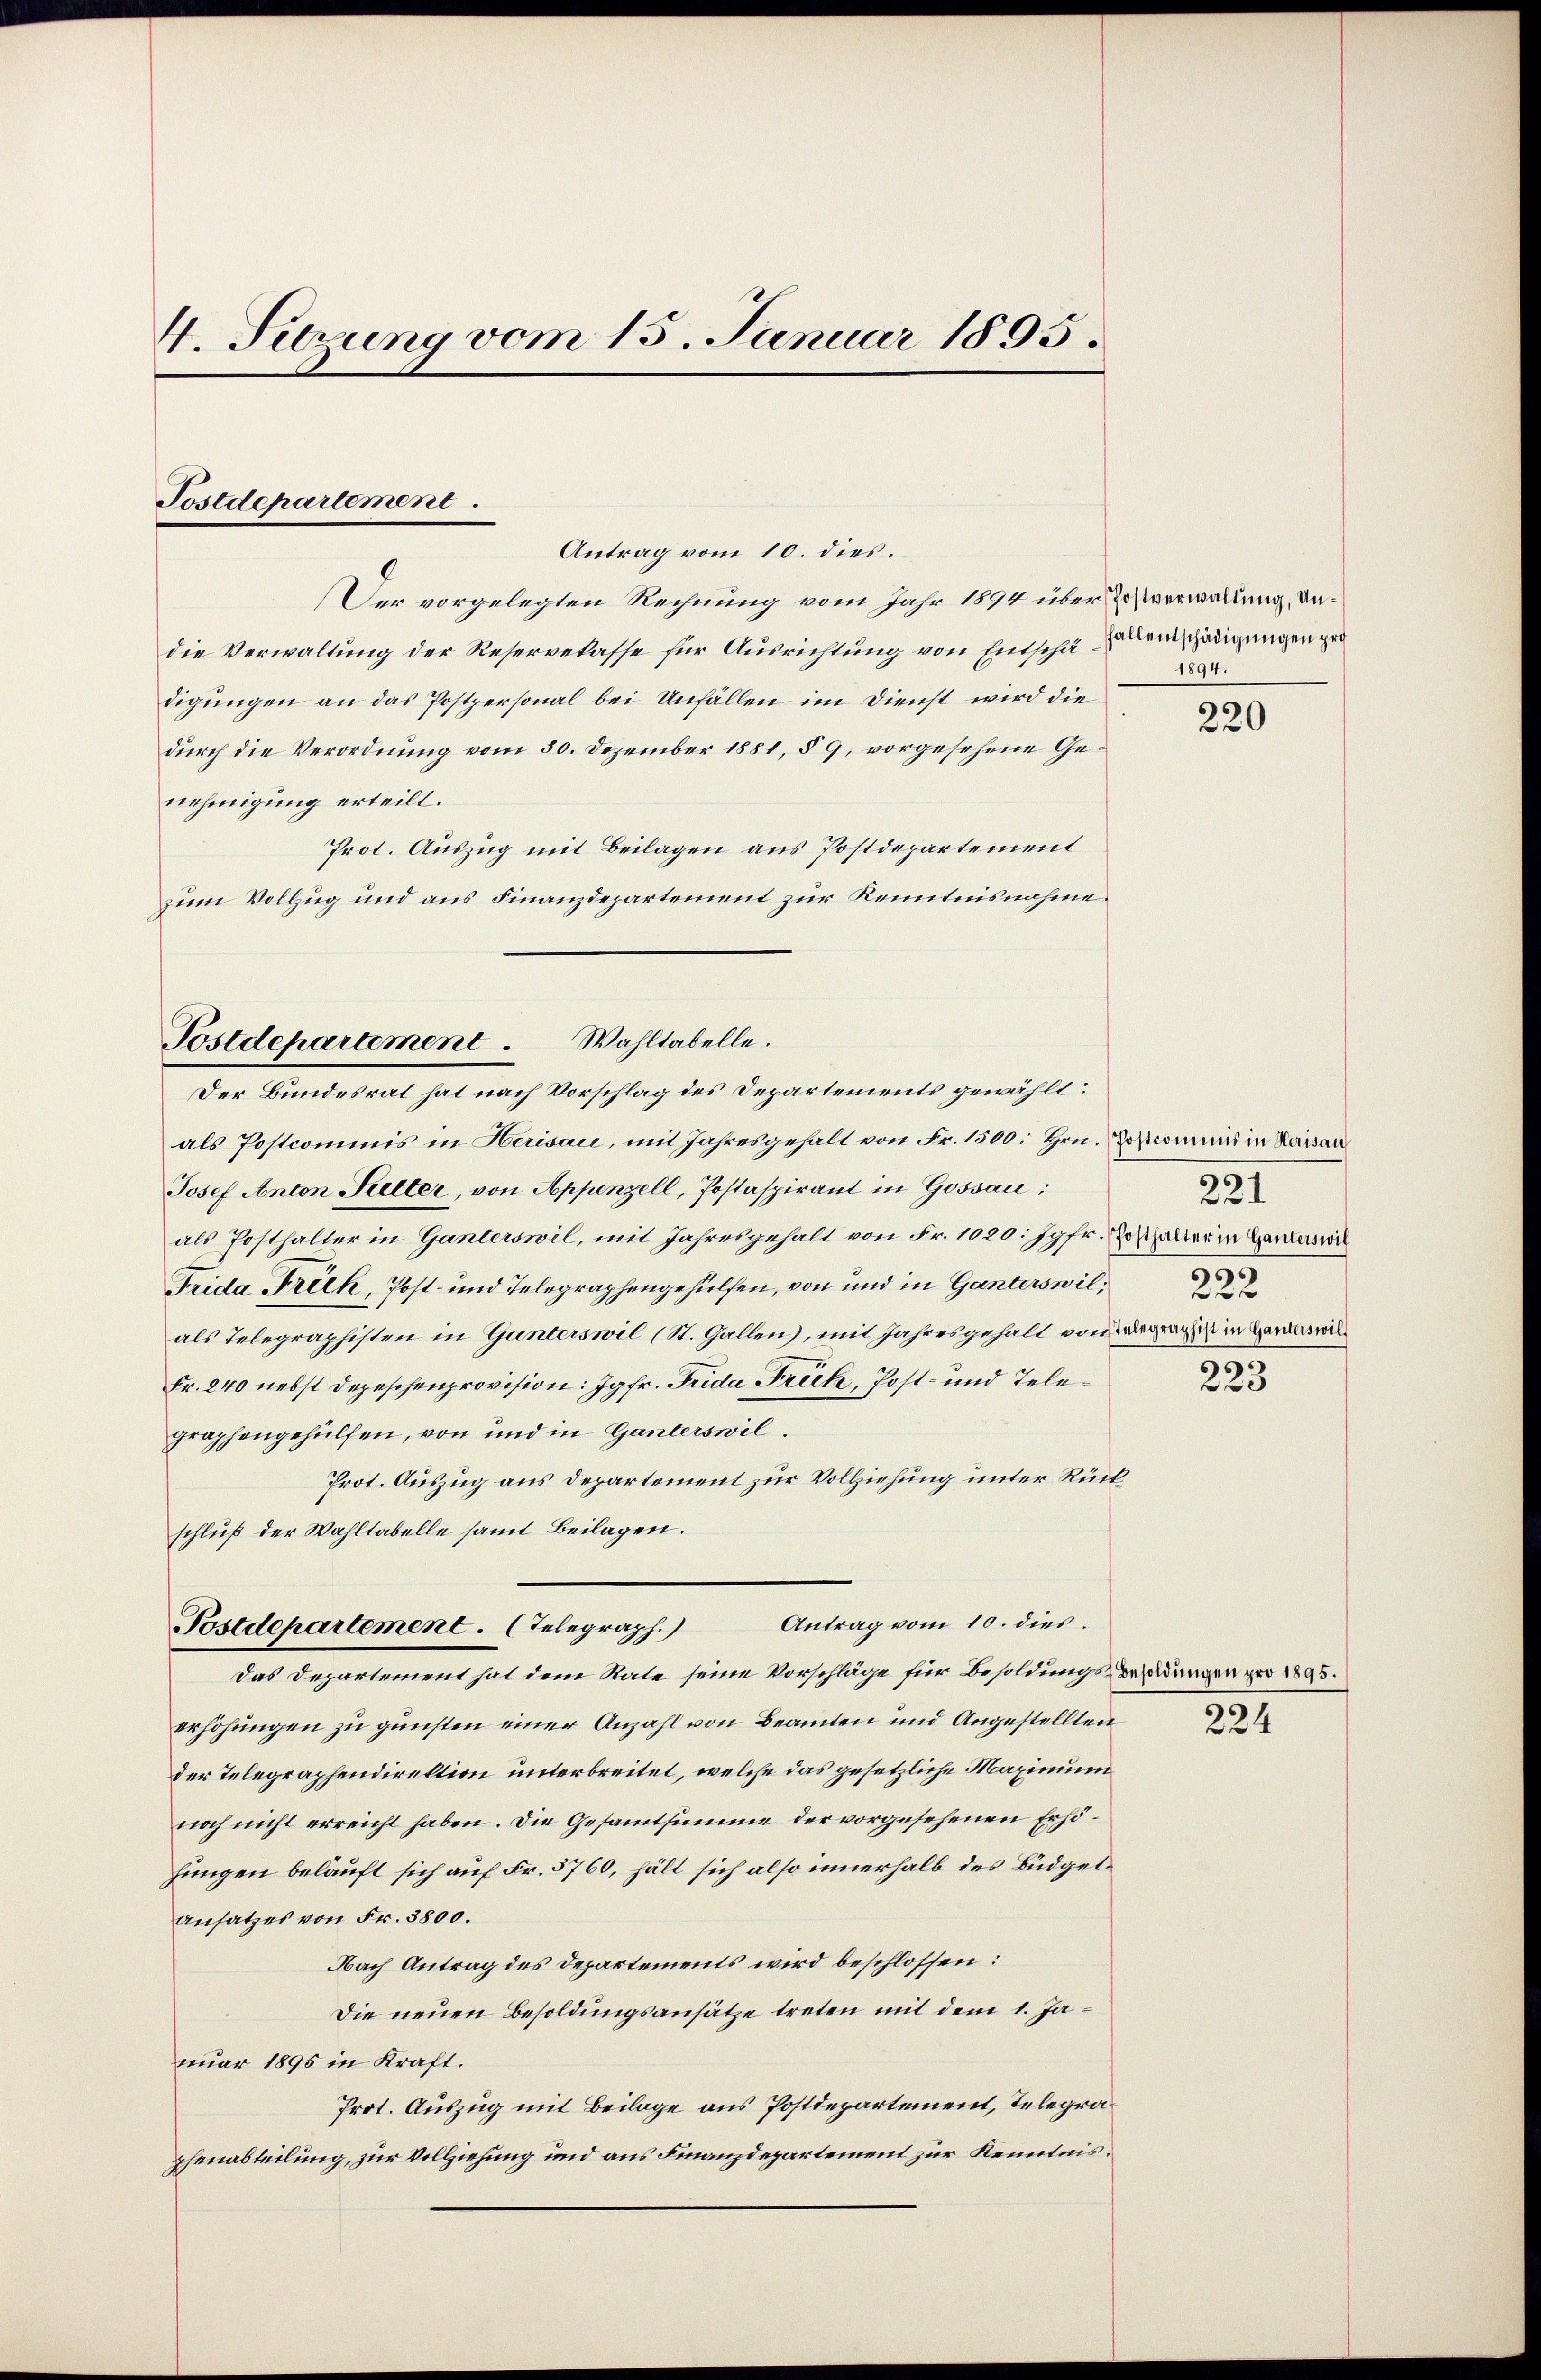
4. Sitzung vom 15. Januar 1895.

Postdepartement.

Wahltabelle.
Postdepartement
Der Bundesrat hat nach Vorschlag des Departements gewählt:

Antrag vom 10. dies.
Der vorgelegten Rechnung vom Jahr 1894 über Postverwaltung, dadie Verwaltung der Reservelasse für Ausrichtung von Entschä- zu beschädigungen gro
digungen an das Postpersonal bei Unfällen im Dienst wird die
durch die Verordnung vom 30. Dezember 1881, § 9, vorgesehene Genehmigung erteilt.
Prot. Auszug mit Beilagen aus Postdepartement
zum Vollzug und aus Finanzdepartement zur Kenntnisnahme.
als Postcommis in Herisau, mit Jahresgehalt von Fr. 1500. Hrn. Doscommis in Kaisan
Josef Anton Selter, von Appenzell, Postaspirant in Gossau:
als Posthalter in Ganterswil, mit Jahresgehalt von Fr. 1020: Jgfr. Josthalter in Ganzes wil
Frida Frick, Post- und Telegraphengehülfen, von und in Ganterswil,
als Telegraphisten in Ganterswil (St. Gallen, mit Jahresgehalt von Wegenge in Hauswil¬
Fr. 240 nebst Depeschenprovision: Jgfr. Frida Frick, Post- und Telegraphengehülfen, von und in Ganterswil.
Prot. Auszug aus Departement zur Vollziehung unter Rückschluß der Wahltabelle samt Beilagen.
Antrag vom 10. dies.
Postdepartement. (Telegraph.)
Das Departement hat dem Rate seine Vorschläge für Besoldungs Bezadungen pro 1895.
erhöhungen zu gunsten einer Anzahl von Beamten und Angestellten
der Telegraphendirektion unterbreitet, welche das gesetzliche Maximum
noch nicht erreicht haben. Die Gesammtsumme der vorgesehenen Erhöfungen belauft sich auf Fr. 5760, hält sich also innerhalb des Büdgetansatzes von Fr. 3800.
Nach Antrag des Departements wird beschlossen:
Die neuen Besoldungsansätze treten mit dem 1. Januar 1895 in Kraft.
Prot. Auszug mit Beilage aus Postdepartement, Telegraphenabteilung, zur Vollziehung und aus Finanzdepartement zur Kenntnis¬

1894.

220

221
6
22 x

30.
223

224